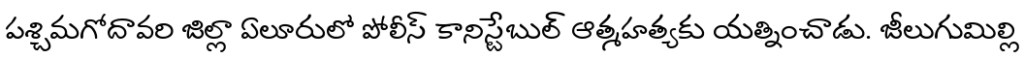
పశ్చిమగోదావరి జిల్లా ఏలూరులో పోలీస్ కానిస్టేబుల్ ఆత్మహత్యకు యత్నించాడు. జీలుగుమిల్లి